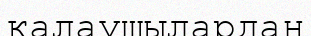
қалаушылардан